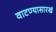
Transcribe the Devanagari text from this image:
वाटण्यासारखं